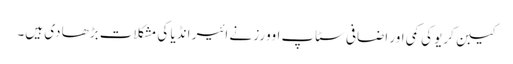
کیبن کریو کی کمی اور اضافی سٹاپ اوورز نے ائیر انڈیا کی مشکلات بڑھا دی ہیں۔